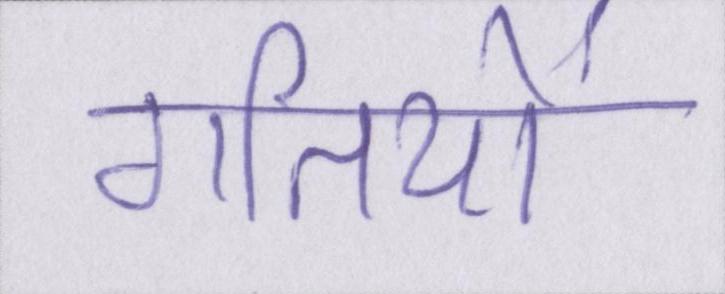
गतियों